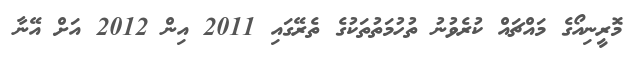
މޮރީނިއޯގެ މައްޗައް ކުރެވުނު ތުހުމަތުތަކުގެ ތެރޭގައި 2011 އިން 2012 އަށް އޭނާ